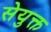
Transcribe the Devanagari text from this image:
सेयुक्त